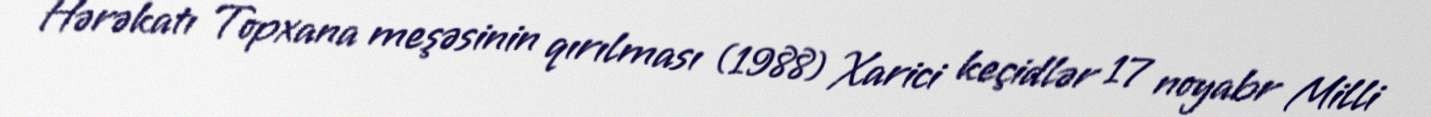
Hərəkatı Topxana meşəsinin qırılması (1988) Xarici keçidlər 17 noyabr Milli